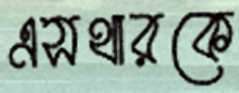
এসথারকে